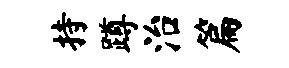
持蹲治篇